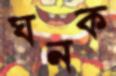
ঘনক